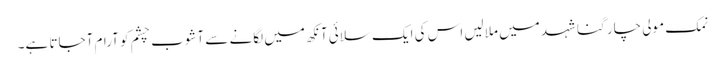
نمک مولی چار گنا شہد میں ملالیں اس کی ایک سلائی آنکھ میں لگانے سے آشوب چشم کو آرام آجاتا ہے۔